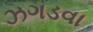
ઝગડવા